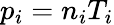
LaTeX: p_{i}=n_{i}T_{i}